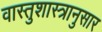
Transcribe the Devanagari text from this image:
वास्तुशास्त्रानुसार